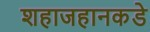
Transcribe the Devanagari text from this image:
शहाजहानकडे